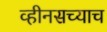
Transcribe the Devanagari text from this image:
व्हीनसच्याच